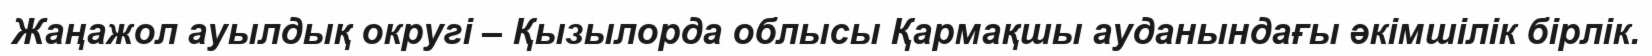
Жаңажол ауылдық округі – Қызылорда облысы Қармақшы ауданындағы әкімшілік бірлік.